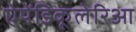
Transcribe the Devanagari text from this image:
ऐपेंडिकूलेरिआ